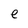
Character: e